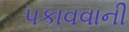
પકાવવાની